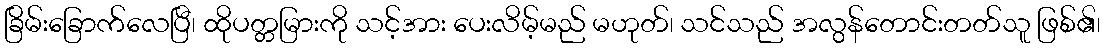
ခြိမ်းခြောက်လေပြီ၊ ထိုပတ္တမြားကို သင့်အား ပေးလိမ့်မည် မဟုတ်၊ သင်သည် အလွန်တောင်းတတ်သူ ဖြစ်၏၊